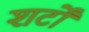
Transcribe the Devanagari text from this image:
शर्टों